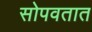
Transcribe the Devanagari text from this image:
सोपवतात